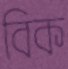
বিক